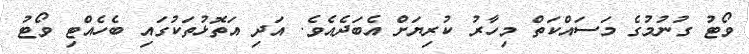
ވޯޓު ގުނުމުގެ މަސައްކަތް މިހާރު ކުރިޔަށް އެބަދެއެވެ. އަދި އަތޮޅުތަކުގައި ބެހެއްޓި ވޯޓު